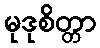
မုဒုစိတ္တာ